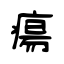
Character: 瘍